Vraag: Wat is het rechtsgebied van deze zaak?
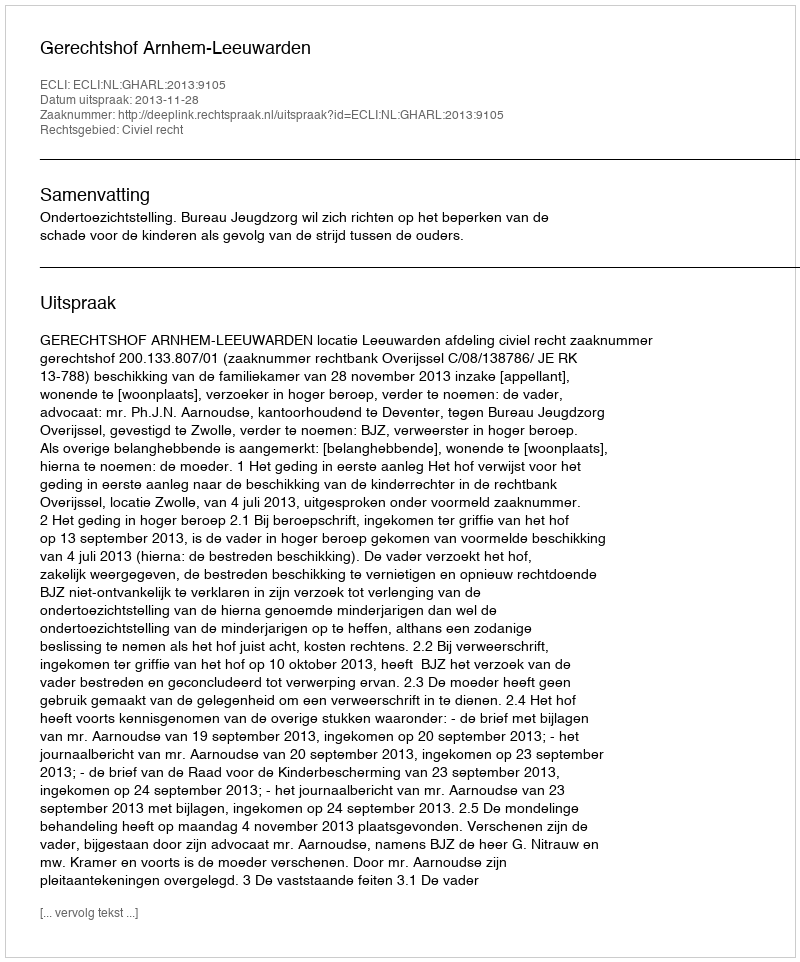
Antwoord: Civiel recht